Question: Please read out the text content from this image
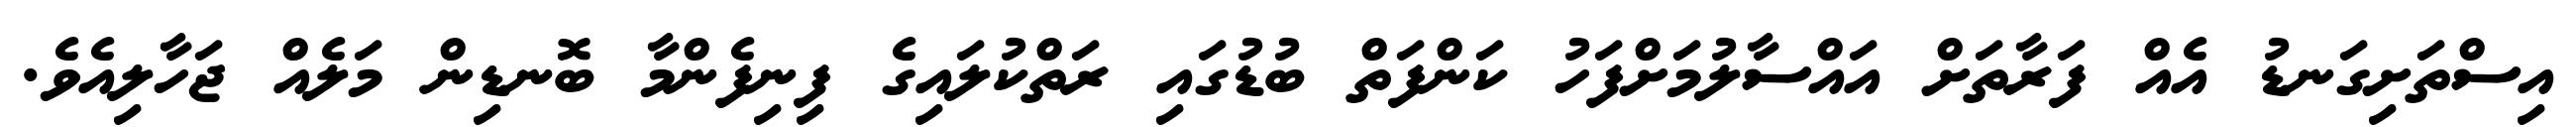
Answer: އިސްތަށިގަނޑު އެއް ފަރާތަށް އައްސާލުމަށްފަހު ކަންފަތް ބުޑުގައި ރަތްކުލައިގެ ފިނިފެންމާ ބޮނޑިން މަލެއް ޖަހާލިއެވެ.